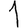
Digit: 1